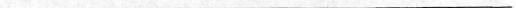
___